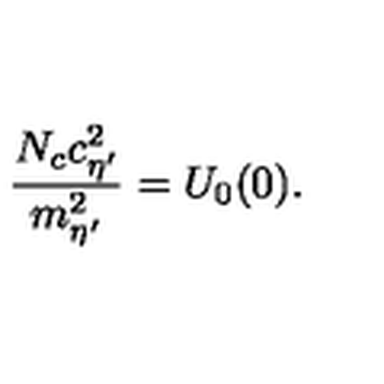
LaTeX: \frac { N _ { c } c _ { \eta ^ { \prime } } ^ { 2 } } { m _ { \eta ^ { \prime } } ^ { 2 } } = U _ { 0 } ( 0 ) .